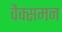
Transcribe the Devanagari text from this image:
वैक्समन